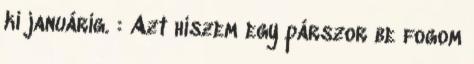
ki januárig. : Azt hiszem egy párszor be fogom